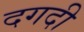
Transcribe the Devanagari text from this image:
दगदी